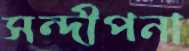
সন্দীপনা